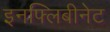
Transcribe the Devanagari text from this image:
इनफ्लिबीनेट